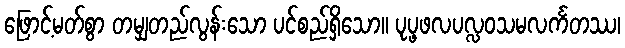
ဖြောင့်မတ်စွာ တမျှတည်လွန်းသော ပင်စည်ရှိသော။ ပုပ္ဖဖလပလ္လဝသမလင်္ကတဿ၊